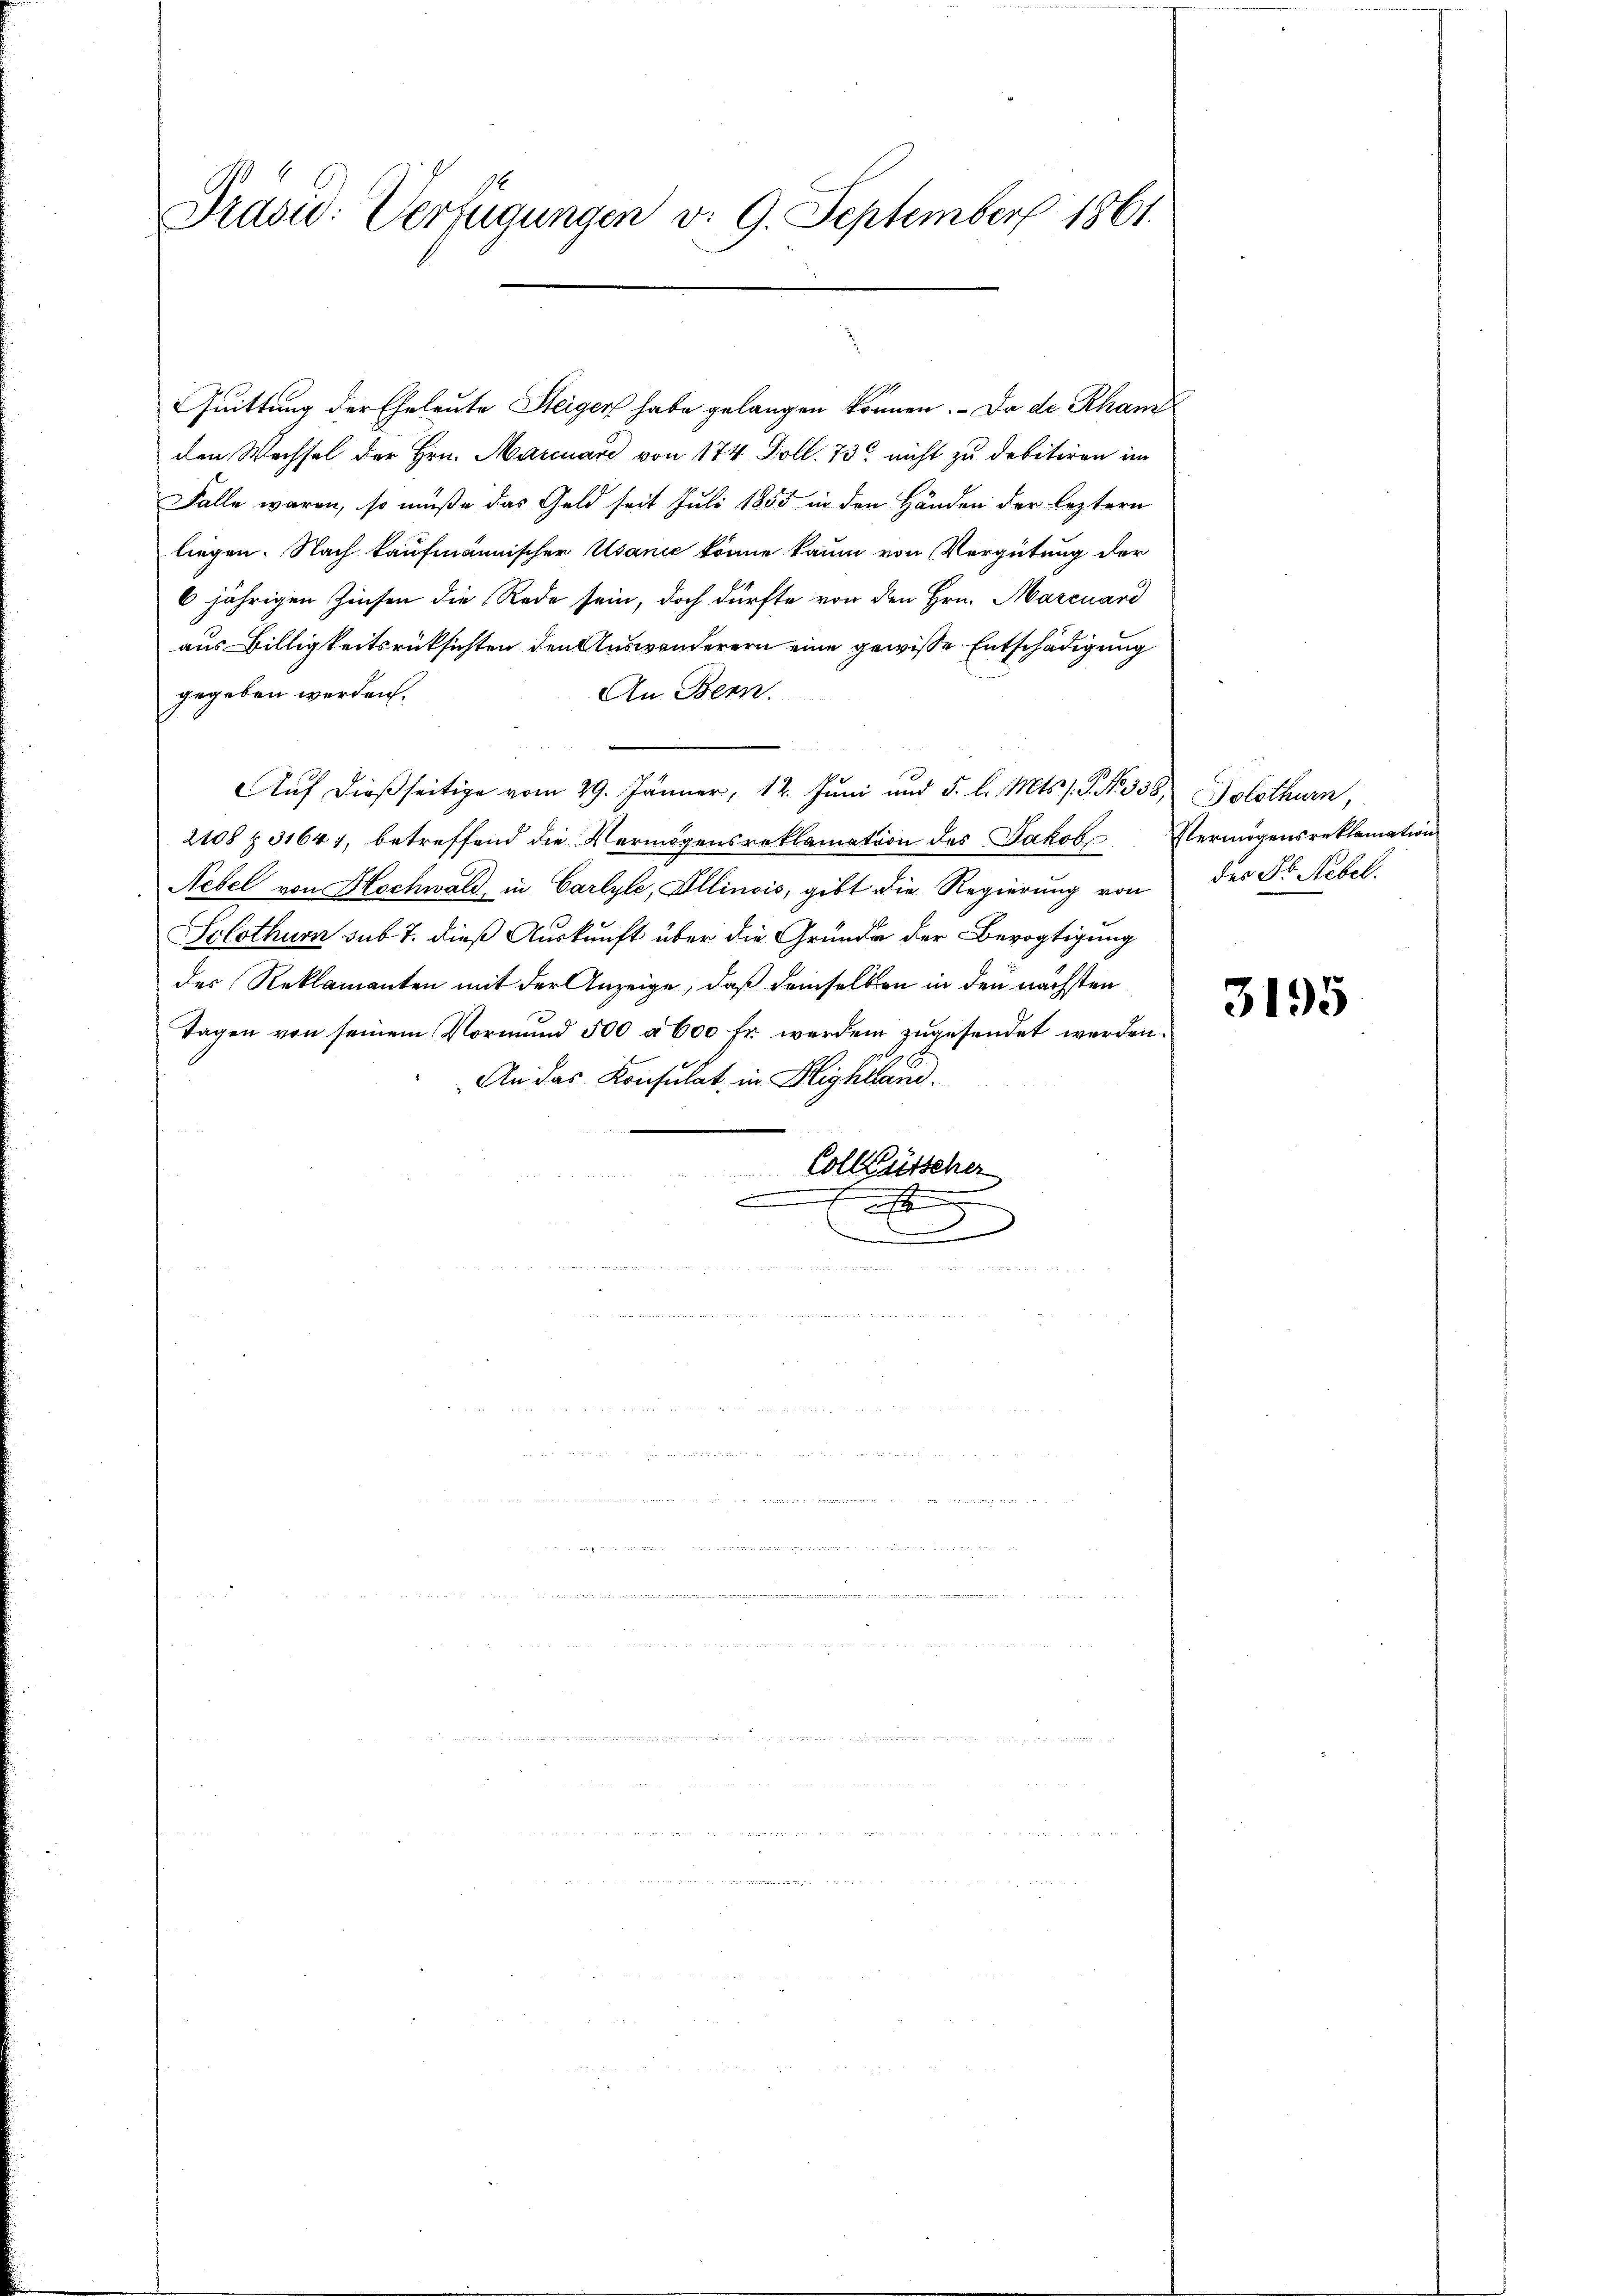
Präsid. Verfügungen v. 9. September 1861

Quittung der Eheleute Steiger habe gelangen können. Da de Rham
den Wechsel der Hrn. Marcuard von 174 Doll. 73 nicht zu debitiren im
Falle waren, so müße das Geld seit Juli 1855 in den Händen der leztern
liegen. Nach kaufmännischer Usanie könne kaum von Vergütung der
6jährigen Zinsen die Rede sein, doch dürfte von den Hrn. Marcuard
aus Billigkeitsrücksichten den Auswanderern eine gewisse Entschädigung
gegeben werden.
An Bern.
AAuf dießseitige vom 29. Jänner, 12. Juni und 5. l. Mts. s. S. Nr. 338, Solothurn,
2108 § 31644, betreffend die Vermögensreklamation des Jakob Vermögensreklamation
Nebel von Hochwald, in Carlyle, Allinois, gibt die Regierung von des Fr. Nebel.
Solothurn sub 7. dieß Auskunft über die Gründe der Bevogtigung
des Reklamanten mit der Anzeige, daß deinselben in den nächsten
Tagen von seinem Vormund 500 à 600 fr. werden zugesendet werden.
An das Konsulat, in Highland.
Colleütscher
x
d

3195